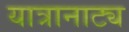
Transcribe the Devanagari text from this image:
यात्रानाट्य